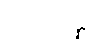
သုဒိန္နော